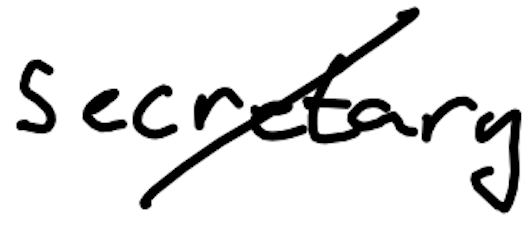
Text: secretary
Cross-out: diagonal
Writing tool: digital_black